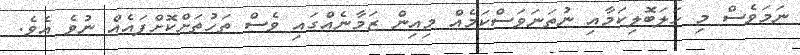
ނަމަވެސް މި ހަލަބޮލިކަމާއި ނުތަނަވަސްކަމެއް މިއިން ޒަމާނެއްގައި ވެސް ތަހުތަށްކޮށްފައެއް ނުވެ އެވެ.